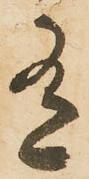
有